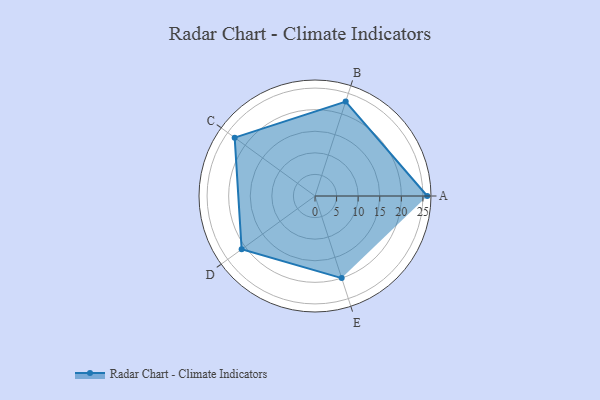
{"axis": {"x": "Skill", "y": "Score"}, "legend": ["Profile"], "data": [{"x": "A", "y": 26.0, "type": "Profile"}, {"x": "B", "y": 23.0, "type": "Profile"}, {"x": "C", "y": 23.0, "type": "Profile"}, {"x": "D", "y": 21.0, "type": "Profile"}, {"x": "E", "y": 20, "type": "Profile"}]}